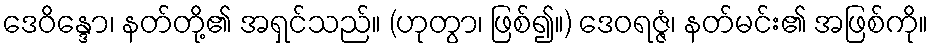
ဒေဝိန္ဒော၊ နတ်တို့၏ အရှင်သည်။ (ဟုတွာ၊ ဖြစ်၍။) ဒေဝရဇ္ဇံ၊ နတ်မင်း၏ အဖြစ်ကို။